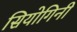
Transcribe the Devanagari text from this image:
सियोगिनी